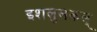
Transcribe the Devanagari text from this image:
इशलुलकल्